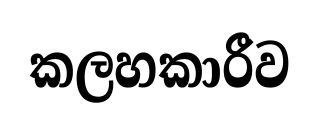
කලහකාරීව